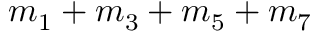
m _ { 1 } + m _ { 3 } + m _ { 5 } + m _ { 7 }